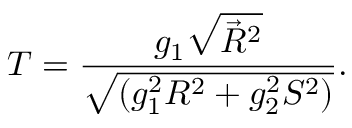
T = \frac { g _ { 1 } \sqrt { \vec { R } ^ { 2 } } } { \sqrt { ( g _ { 1 } ^ { 2 } R ^ { 2 } + g _ { 2 } ^ { 2 } S ^ { 2 } ) } } .